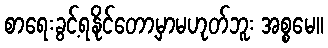
စာရေးခွင့်ရနိုင်တော့မှာမဟုတ်ဘူး အစ္စမေ။